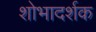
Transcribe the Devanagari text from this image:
शोभादर्शक